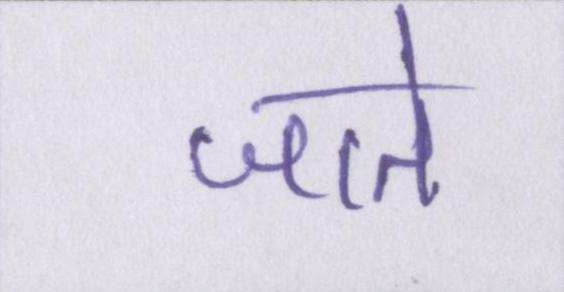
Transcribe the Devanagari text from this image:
जाते